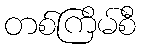
တစ်ကြိမ်စီ